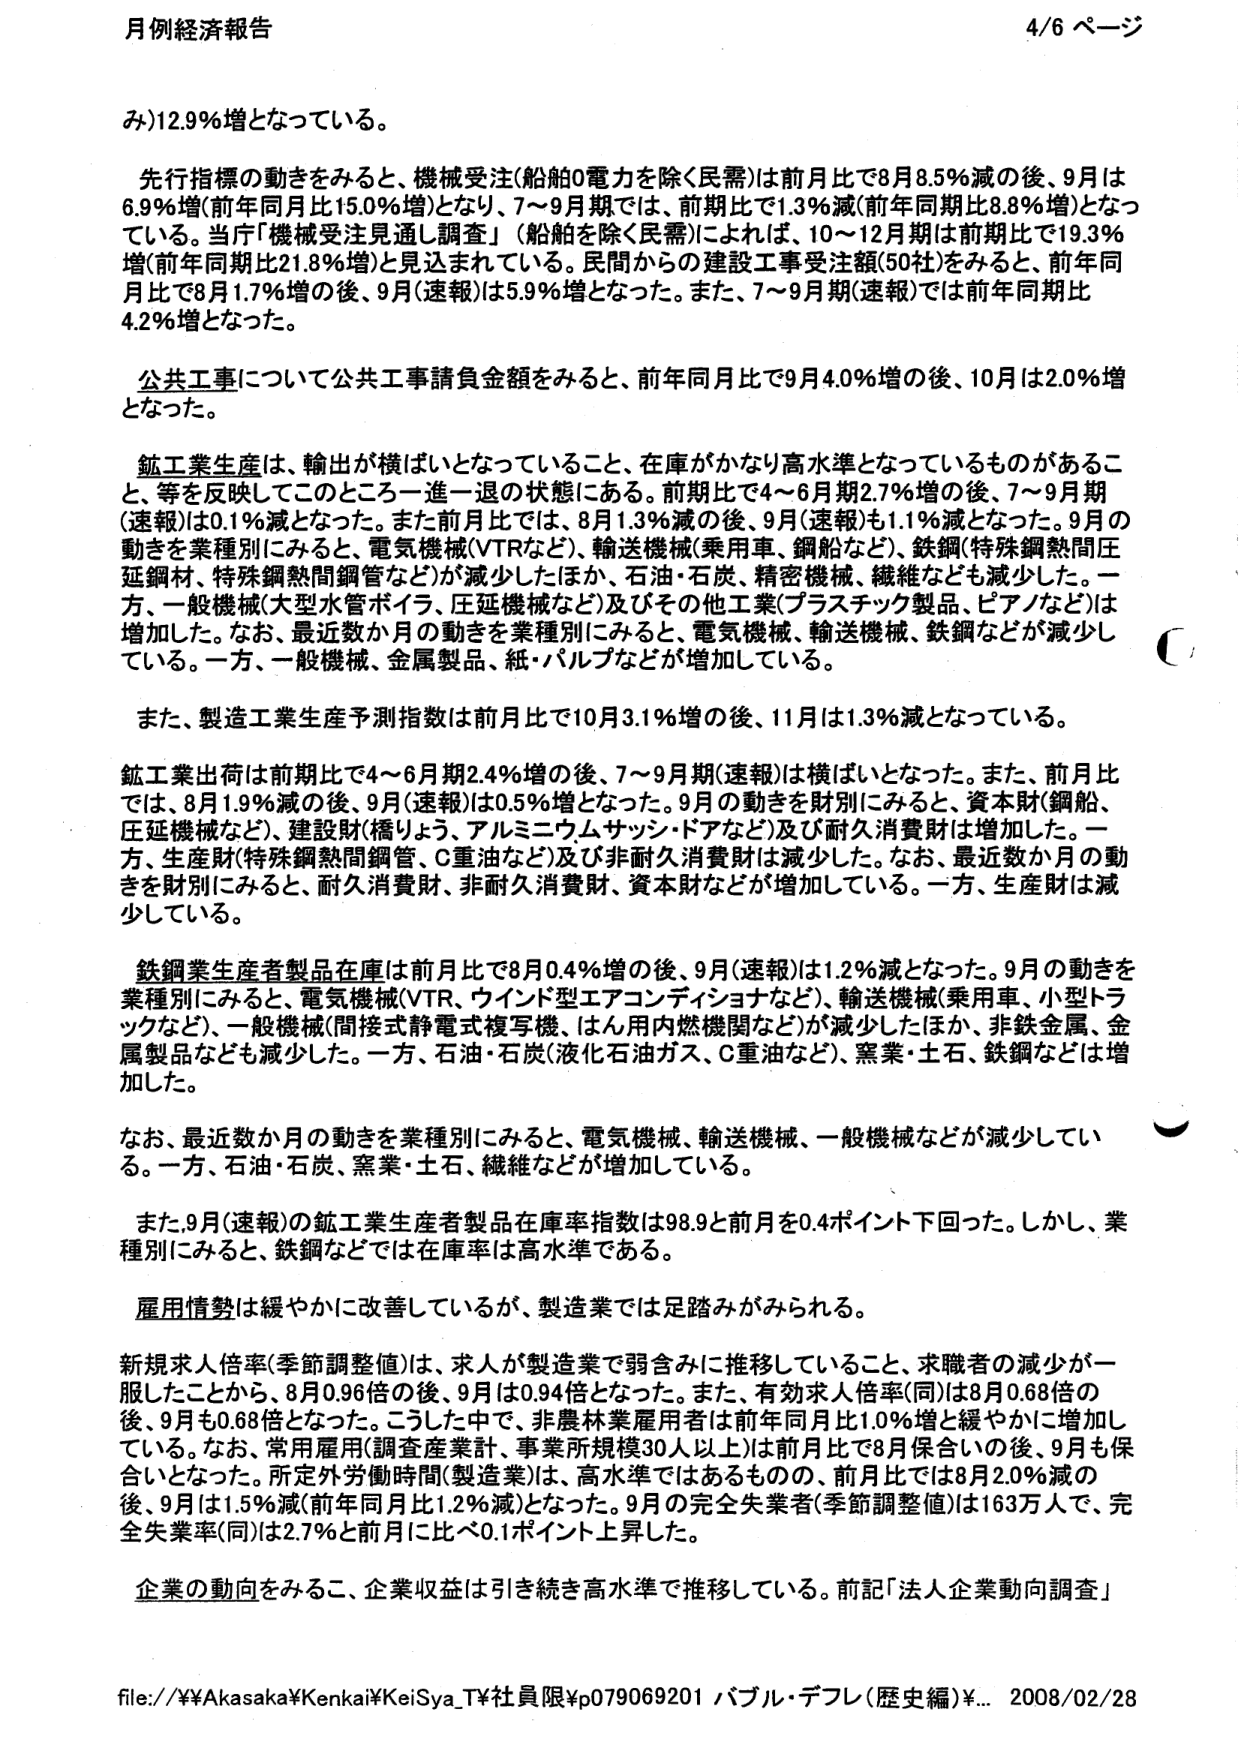
月例経済報告 4/6 ページ

み)12.9%増となっている。

先行指標の動きをみると、機械受注(船舶0電力を除く民需)は前月比で8月8.5%減の後、9月は6.9%増(前年同月比15.0%増)となり、7～9月期では、前期比で1.3%減(前年同期比8.8%増)となっている。当庁「機械受注見通し調査」（船舶を除く民需）によれば、10～12月期は前期比で19.3%増(前年同期比21.8%増)と見込まれている。民間からの建設工事受注額(50社)をみると、前年同月比で8月1.7%増の後、9月(速報)は5.9%増となった。また、7～9月期(速報)では前年同期比4.2%増となった。

公共工事について公共工事請負金額をみると、前年同月比で9月4.0%増の後、10月は2.0%増となった。

鉱工業生産は、輸出が横ばいとなっていること、在庫がかなり高水準となっているものがあること、等を反映してこのところ一進一退の状態にある。前期比で4～6月期2.7%増の後、7～9月期(速報)は0.1%減となった。また前月比では、8月1.3%減の後、9月(速報)も1.1%減となった。9月の動きを業種別にみると、電気機械(VTRなど)、輸送機械(乗用車、鋼船など)、鉄鋼(特殊鋼熱間圧延鋼材、特殊鋼熱間鋼管など)が減少したほか、石油・石炭、精密機械、繊維なども減少した。一方、一般機械(大型水管ボイラ、圧延機械など)及びその他工業(プラスチック製品、ピアノなど)は増加した。なお、最近数か月の動きを業種別にみると、電気機械、輸送機械、鉄鋼などが減少している。一方、一般機械、金属製品、紙・パルプなどが増加している。

また、製造工業生産予測指数は前月比で10月3.1%増の後、11月は1.3%減となっている。

鉱工業出荷は前期比で4～6月期2.4%増の後、7～9月期(速報)は横ばいとなった。また、前月比では、8月1.9%減の後、9月(速報)は0.5%増となった。9月の動きを財別にみると、資本財(鋼船、圧延機械など)、建設財(橋りょう、アルミニウムサッシ・ドアなど)及び耐久消費財は増加した。一方、生産財(特殊鋼熱間鋼管、C重油など)及び非耐久消費財は減少した。なお、最近数か月の動きを財別にみると、耐久消費財、非耐久消費財、資本財などが増加している。一方、生産財は減少している。

鉄鋼業生産者製品在庫は前月比で8月0.4%増の後、9月(速報)は1.2%減となった。9月の動きを業種別にみると、電気機械(VTR、ウインド型エアコンディショナなど)、輸送機械(乗用車、小型トラックなど)、一般機械(間接式静電式複写機、はん用内燃機関など)が減少したほか、非鉄金属、金属製品なども減少した。一方、石油・石炭(液化石油ガス、C重油など)、窯業・土石、鉄鋼などは増加した。

なお、最近数か月の動きを業種別にみると、電気機械、輸送機械、一般機械などが減少している。一方、石油・石炭、窯業・土石、繊維などが増加している。

また、9月(速報)の鉱工業生産者製品在庫率指数は98.9と前月を0.4ポイント下回った。しかし、業種別にみると、鉄鋼などでは在庫率は高水準である。

雇用情勢は緩やかに改善しているが、製造業では足踏みがみられる。

新規求人倍率(季節調整値)は、求人が製造業で弱含みに推移していること、求職者の減少が一服したことから、8月0.96倍の後、9月は0.94倍となった。また、有効求人倍率(同)は8月0.68倍の後、9月も0.68倍となった。こうした中で、非農林業雇用者は前年同月比1.0%増と緩やかに増加している。なお、常用雇用(調査産業計、事業所規模30人以上)は前月比で8月保合いの後、9月も保合いとなった。所定外労働時間(製造業)は、高水準ではあるものの、前月比では8月2.0%減の後、9月は1.5%減(前年同月比1.2%減)となった。9月の完全失業者(季節調整値)は163万人で、完全失業率(同)は2.7%と前月に比べ0.1ポイント上昇した。

企業の動向をみるこ、企業収益は引き続き高水準で推移している。前記「法人企業動向調査」

file://¥¥Akasaka¥Kenkai¥KeiSya_T¥社員限¥p079069201 バブル・デフレ(歴史編)¥... 2008/02/28